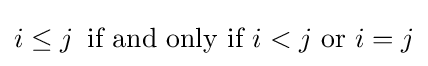
i\leq j\,{\text{ if and only if }}i<j{\text{ or }}i=j